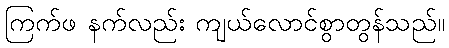
ကြက်ဖ နက်လည်း ကျယ်လောင်စွာတွန်သည်။